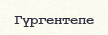
Гүргентепе